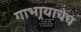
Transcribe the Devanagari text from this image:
गाभार्‍याचेच